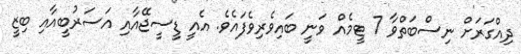
ދިއްގަރަށް ނިސްބަތްވާ 7 ޓީމެއް ވަނީ ބައިވެރިވެފައެވެ. އެއީ ޑީސީޖޭއާއި އަސަރުބީއާއި ބިޒީ